Annual administration report of the Civil Veterinary Department of India - 1898-1899
Year: 1898
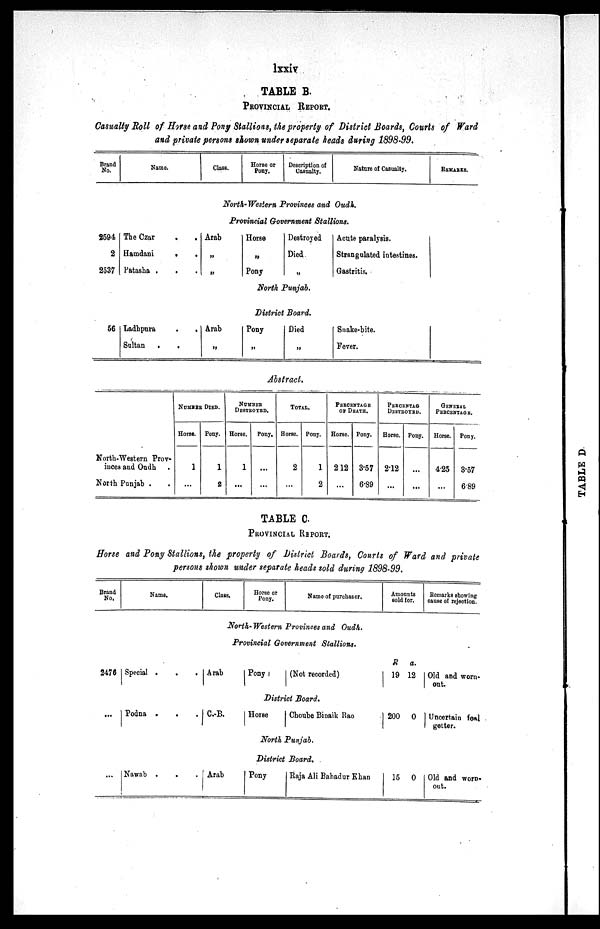
lxxiv
TABLE B.
PROVICIAL REPORT.
Casualty Roll of Horse and Pony Stallions, the property of District Boards, Courts of Ward
and private persons shown under separate heads during 1898-99.
Brand
No.
Name.
Class.
Horse or
Pony.
Description of
Casualty.
Nature of Casualty.
REMARKS.
North-Western Provinces and Oudh.
Provincial Government Stallions.
2594
2
2537
The Czar . .
Hamdani
.
.
Patasha .
.
Arab
„
„
Horse
„
Pony
Destroyed
Died
„
Acute paralysis.
Strangulated intestines.
Gastritis.
North Punjab.
District Board.
56 Ladbpura
.
.
Sultan .
.
Arab
„
Pony
„
Died
„
Snake-bite.
Fever.
Abstract.
North-Western Prov-
inces and Oudh .
North Punjab . .
NUMBER DIED.
Horse.
1
...
Pony.
1
2
NUMBER
DESTROYED.
Horse.
1
...
Pony.
...
...
TOTAL
Horse.
2
...
Pony.
1
2
PERCENTAGE
OF DEATH.
Horse.
212
...
Pony.
3.57
6.89
PERCENTAGE
DESTROYED.
Horse.
2.12
...
Pony.
...
...
GENERAL
PERCENTAGE.
Horse.
4.25
...
Pony.
3.57
6.89
TABLE C.
PROVICIAL REPORT.
Horse and Pony Stallions, the property of District Boards, Courts of Ward and private
persons shown under separate heads sold during 1898-99.
Brand
No.
Name.
Class,
Horse or
Pony.
Name of purchaser.
Amounts
sold for
Remarks showing
cause of rejection.
North-Western Provinces and Oudh.
Provincial Government Stallions.
2476 Special .
.
. Arab
Pony
(Not recorded)
R
19
a.
12 Old and worn-
out.
District Board.
...
Podna . . .
C.B.
Horse
Choube Binaik Rao
200 0
Uncertain foal
getter.
North Punjab.
District Board.
... Nawab . . .
Arab
Pony
Raja Ali Bahadur Khan
15 0 Old and worn-
out.